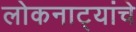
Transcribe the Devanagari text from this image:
लोकनाट्यांचे